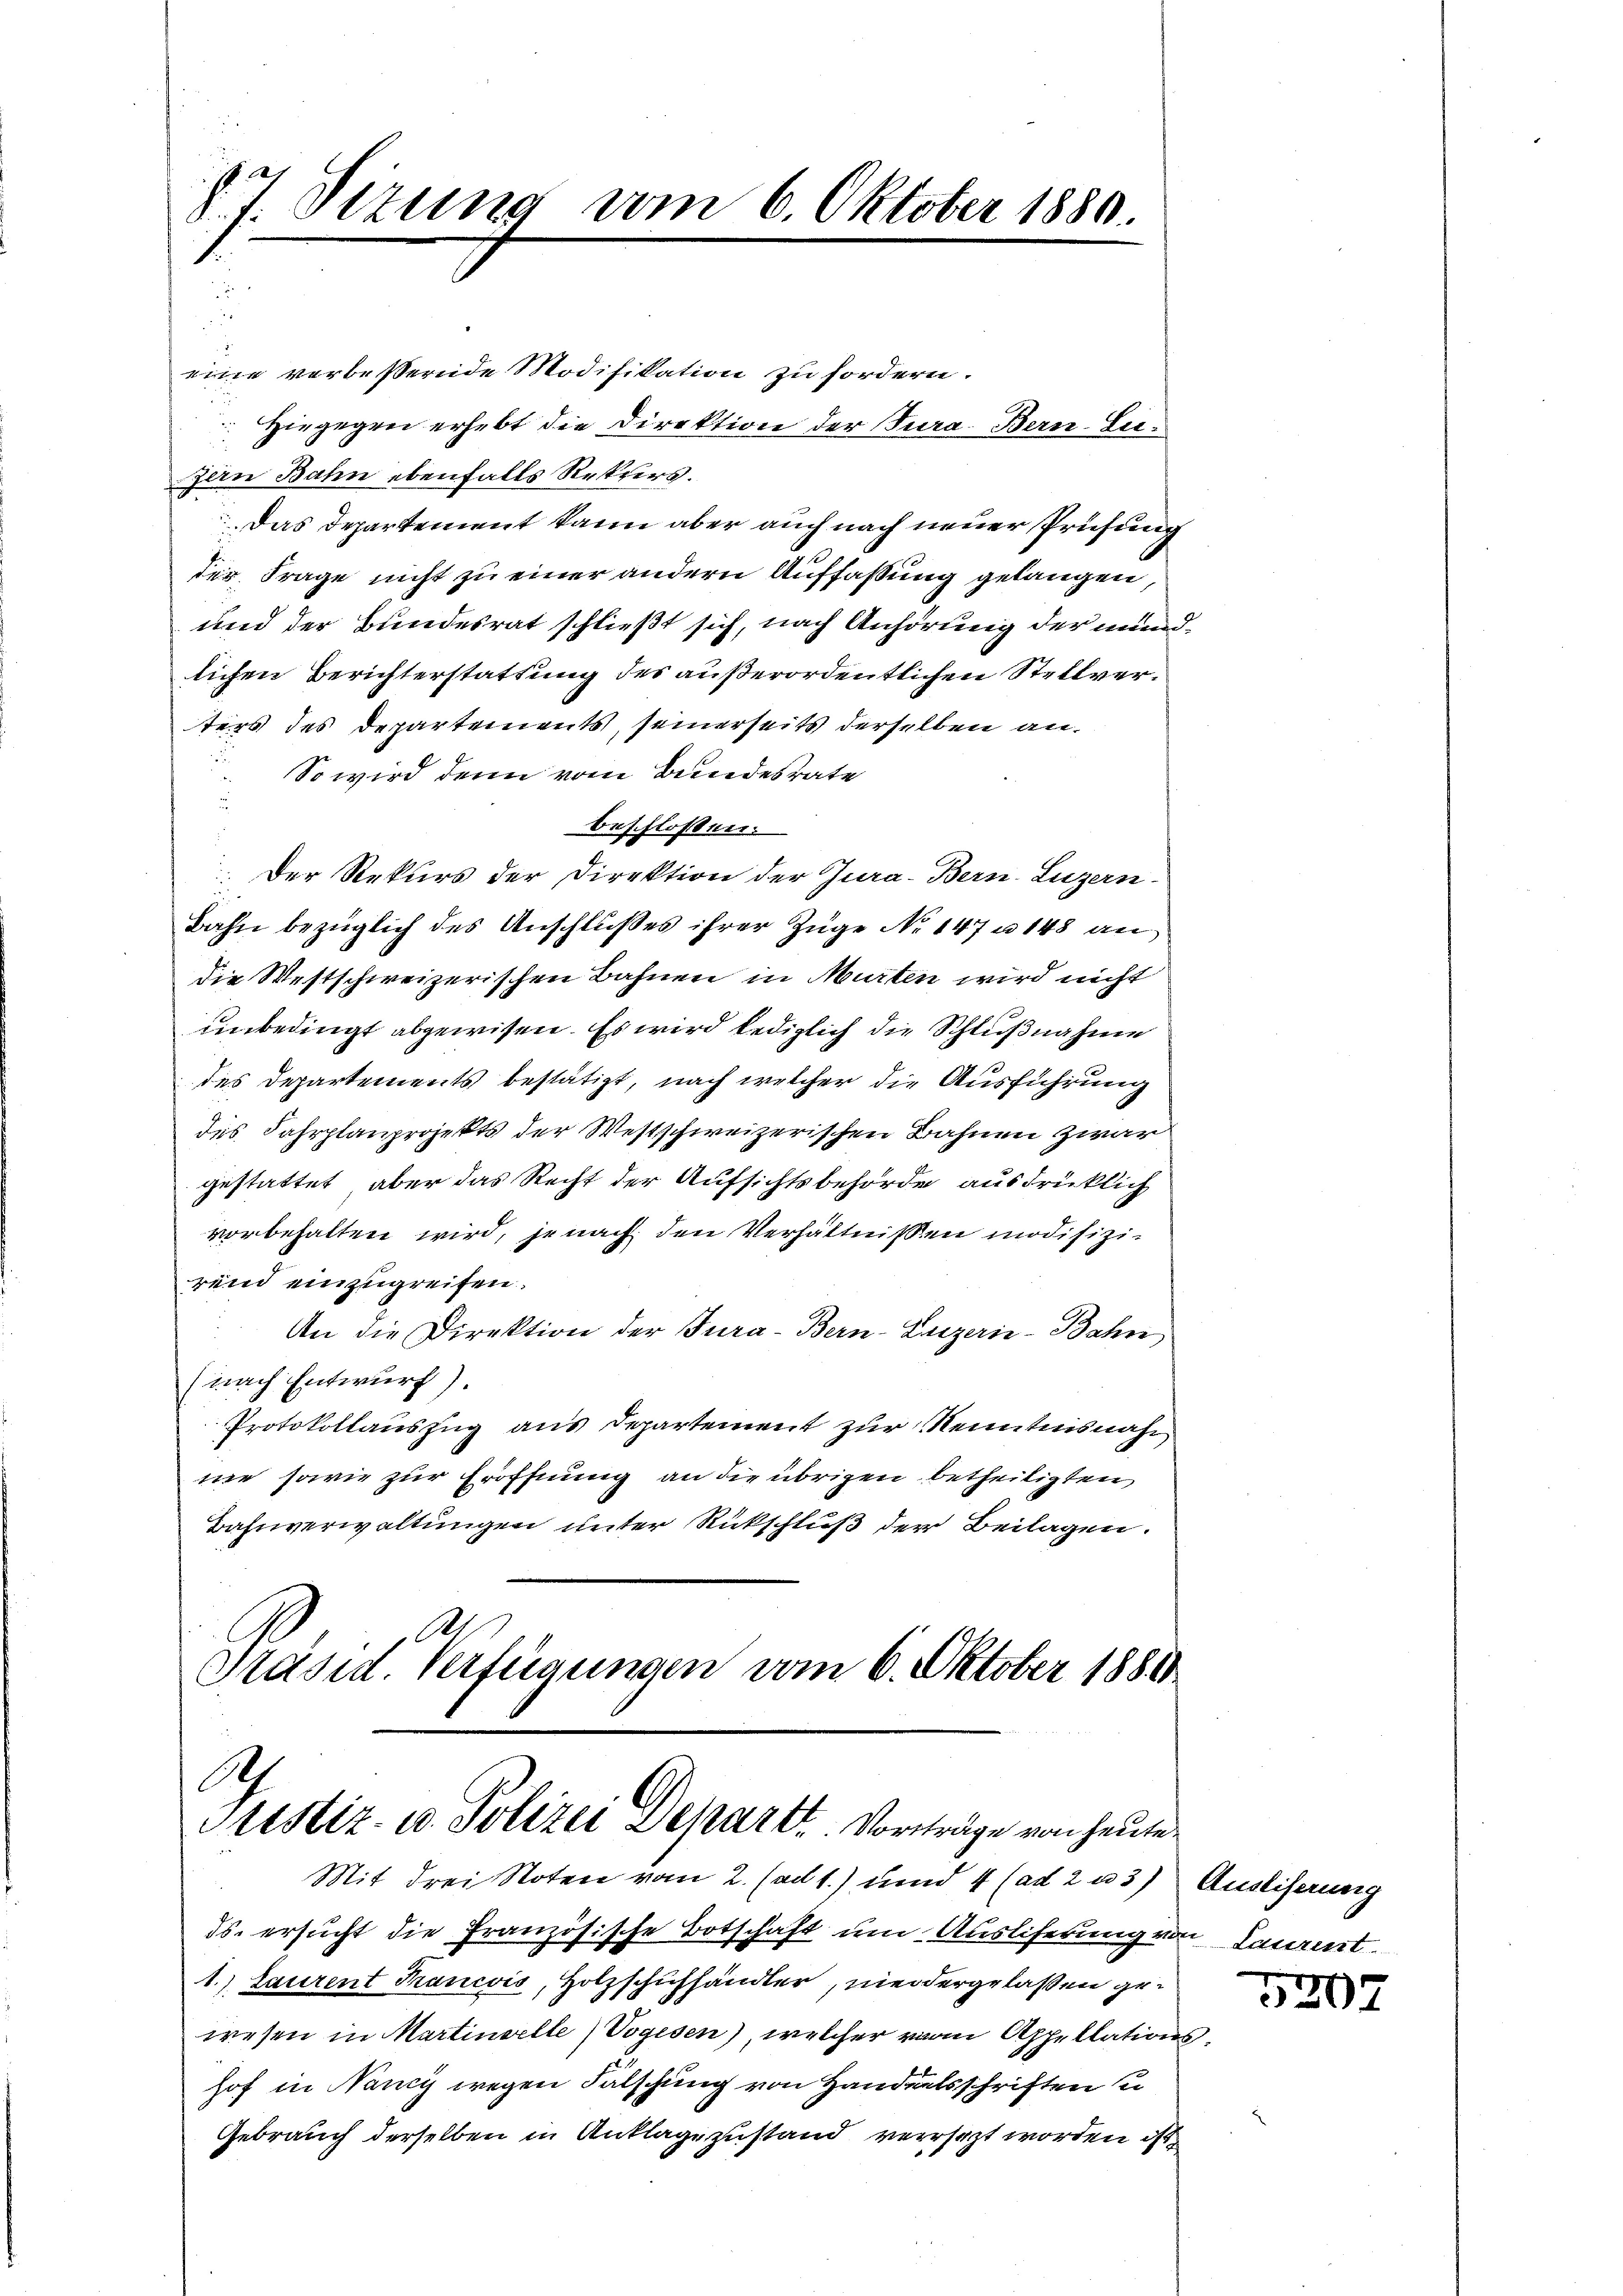
7 Sizung vom 6. Oktober 1880.
1.

eine verbeßernde Modifikation zu fordern.
Hiegegen erhebt die Direktion der Tura. Bern-Lu¬
Zan Bahn ebenfalls Rekters.
Das Departement kann aber auch nach neuer Prüfung
der Frage nicht zu einer andern Auffassung gelangen,
und der Bundesrat schließt sich, nach Anhörung der mundlichen Berichterstattung des außerordentlichen Stellverters des Departements, seinerseits derselben an¬
 So wird denn vom Bundesrate
beschloßen.
.Der Rekurs der Direktion der Jura-Bern, Luzern
Bahn bezüglich des Anschlußes ihrer Züge No 147 u. 148 an
die Westschweizerischen Bahnen in Murten wird nicht
unbedingt abgewisen. Es wird lediglich die Schlußnahme
des Departements bestätigt, nach welcher die Ausführung
des Fahrplanprojekts der Westschweizerischen Bahnen zwar
gestattet, aber das Recht der Aufsichtsbehörde ausdrücklich
vorbehalten wird, je nach den Verhältnissen modifizirein einzugreifen.
An die Direktion der Jura - Bern-Lizerie-Bahn
(nach Entwurf).
Protokollauszug aus Departement zur Kenntnisnah
ne sowie zur Eröffnung an die übrigen betheiligten
Bahnverwaltungen unter Rückschluß der Beilagen.
Al

Präsid. Verfügungen vom 6. Oktober 1881
Ah
Pristiz- u. Polizei Depart. Vorträge von heute
Mit drei Noten vom 2. (ad 1.) und 4 (ad 2 u 3) Ausliserung

ds. ersucht die Französische Botschaft um Ausliferung von Lanzent
1.) Laurent Francois, Holzschuhhändler, niedergelaßen gewesen in Martinelle) Vogesen), welcher von Appellationshof in Nancy wegen Falschung von Handelsschriften u
Gebrauch derselben in Anklage zustand versezt worden ist

5207